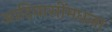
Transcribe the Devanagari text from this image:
आदिवासींमधला